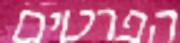
הפרטים